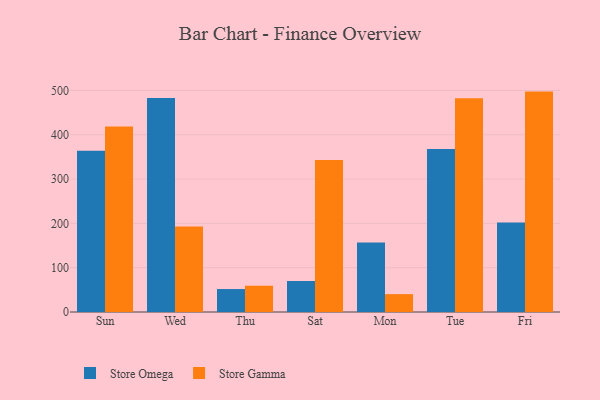
{"axis": {"x": "Day", "y": "Bounce Rate (%)"}, "legend": ["Store Gamma", "Store Omega"], "data": [{"x": "Sun", "y": 363.9, "type": "Store Omega"}, {"x": "Sun", "y": 418.5, "type": "Store Gamma"}, {"x": "Wed", "y": 483.0, "type": "Store Omega"}, {"x": "Wed", "y": 193.0, "type": "Store Gamma"}, {"x": "Thu", "y": 51.8, "type": "Store Omega"}, {"x": "Thu", "y": 59.3, "type": "Store Gamma"}, {"x": "Sat", "y": 70.0, "type": "Store Omega"}, {"x": "Sat", "y": 343.1, "type": "Store Gamma"}, {"x": "Mon", "y": 156.9, "type": "Store Omega"}, {"x": "Mon", "y": 40.3, "type": "Store Gamma"}, {"x": "Tue", "y": 368.0, "type": "Store Omega"}, {"x": "Tue", "y": 482.6, "type": "Store Gamma"}, {"x": "Fri", "y": 202.2, "type": "Store Omega"}, {"x": "Fri", "y": 497.4, "type": "Store Gamma"}]}